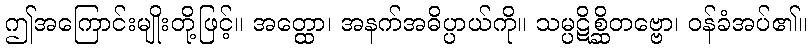
ဤအကြောင်းမျိုးတို့ဖြင့်။ အတ္ထော၊ အနက်အဓိပ္ပာယ်ကို။ သမ္ပဋိစ္ဆိတဗ္ဗော၊ ဝန်ခံအပ်၏။